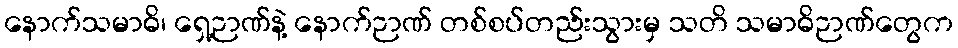
နောက်သမာဓိ၊ ရှေ့ဉာဏ်နဲ့ နောက်ဉာဏ် တစ်စပ်တည်းသွားမှ သတိ သမာဓိဉာဏ်တွေက